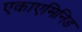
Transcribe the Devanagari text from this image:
एकाएमिनिड